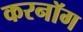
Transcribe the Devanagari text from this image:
करनॉग